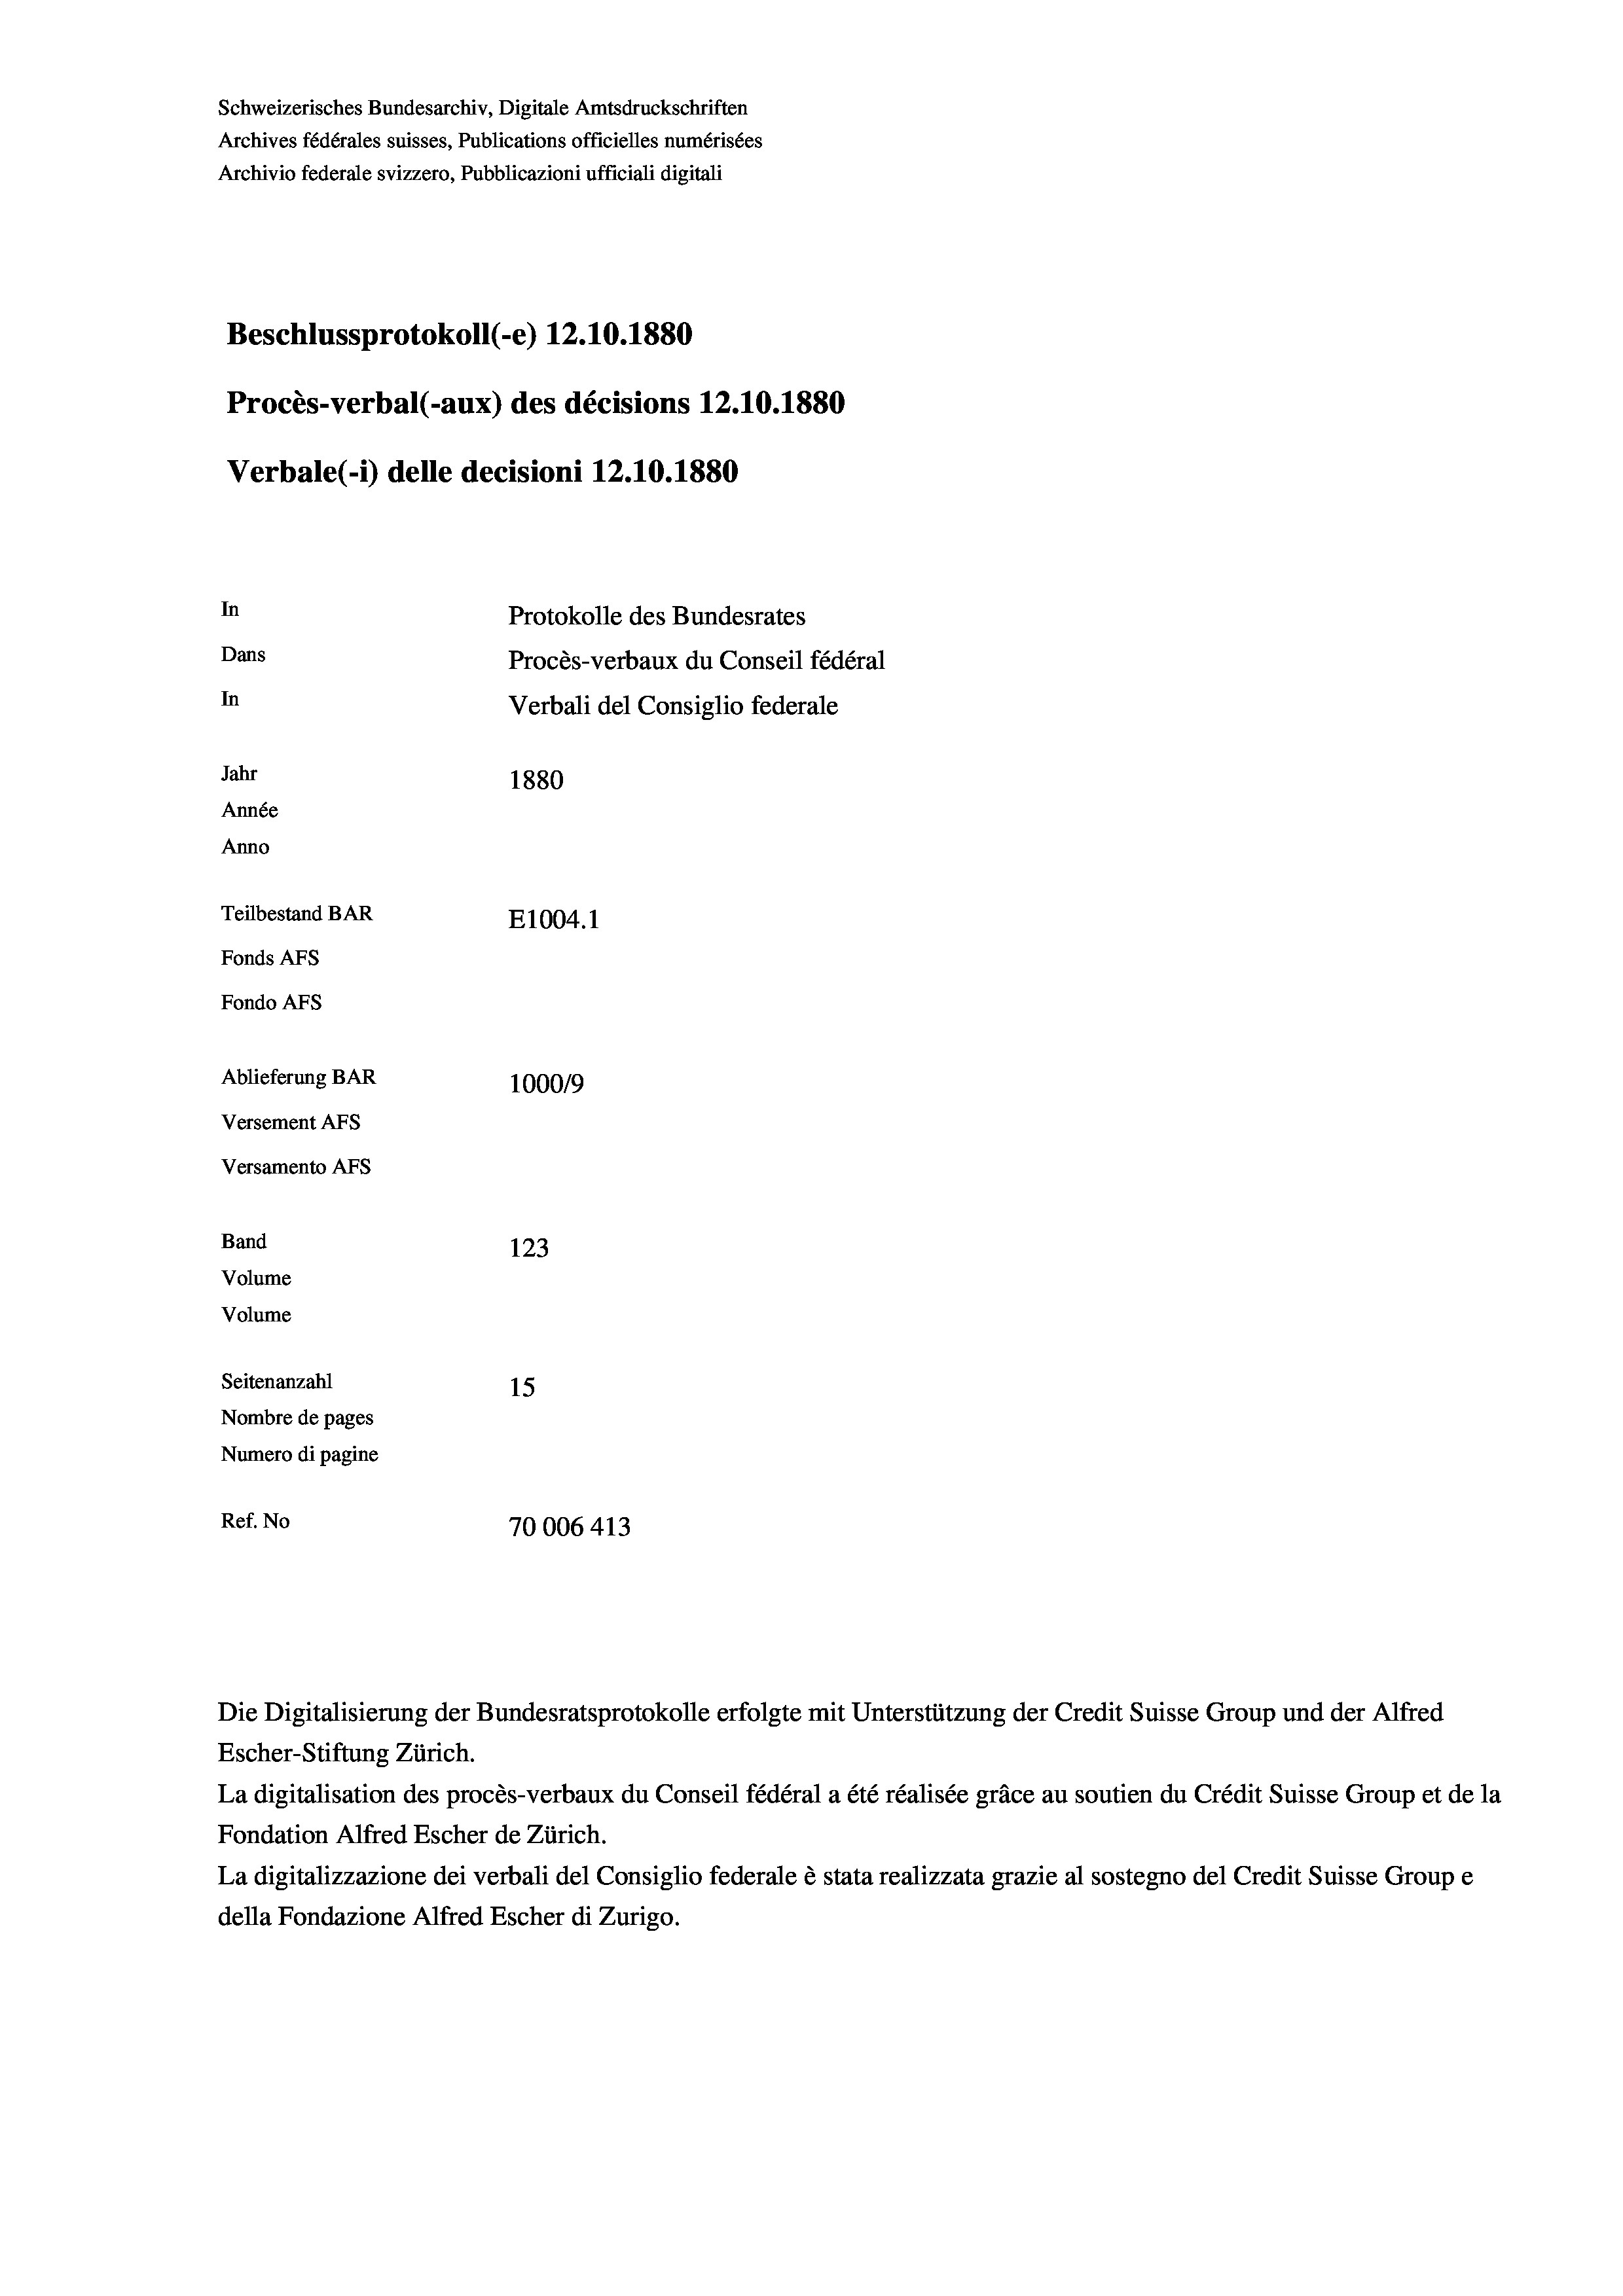
Schweizerisches Bundesarchiv, Digitale Amtsdruckschriften
Archives fédérales suisses, Publications officielles numérisées
Archivio federale svizzero, Pubblicazioni ufficiali digitali
Beschlussprotokoll (-e) 12.10.1880
Procès-verbal (-aux) des décisions 12.10.1880
Verbale (i) delle decisioni 12.10.1880
In
Protokolle des Bundesrates
Dans
Procès-verbaux du Conseil fédéral
In
Verbali del Consiglio federale
Jahr
1880
Année
Anno
Teilbestand BAR
E1004. 1
Fonds Afs
Fondo AFs
Ablieferung BAR
1000/9
Versement Abs
Versamento AFs
Band
123
Volume
Volume

Seitenanzahl
15
Nombre de pages
Numero di pagine
Ref. No
70006 413

Die Digitalisierung der Bundesratsprotokolle erfolgte mit Unterstützung der Credit Suisse Group und der Alfred
Escher-Stiftung Zürich.
La digitalisation des procès-verbaux du Conseil fédéral a été réalisée gräce au soutien du Crédit Suisse Group et de la
Fondation Alfred Escher de Zürich.
La digitalizzazione dei verbali del Consiglio federale è stata realizzata grazie al sostegno del Credit Suisse Groupe
della Fondazione Alfred Escher di Zurigo.